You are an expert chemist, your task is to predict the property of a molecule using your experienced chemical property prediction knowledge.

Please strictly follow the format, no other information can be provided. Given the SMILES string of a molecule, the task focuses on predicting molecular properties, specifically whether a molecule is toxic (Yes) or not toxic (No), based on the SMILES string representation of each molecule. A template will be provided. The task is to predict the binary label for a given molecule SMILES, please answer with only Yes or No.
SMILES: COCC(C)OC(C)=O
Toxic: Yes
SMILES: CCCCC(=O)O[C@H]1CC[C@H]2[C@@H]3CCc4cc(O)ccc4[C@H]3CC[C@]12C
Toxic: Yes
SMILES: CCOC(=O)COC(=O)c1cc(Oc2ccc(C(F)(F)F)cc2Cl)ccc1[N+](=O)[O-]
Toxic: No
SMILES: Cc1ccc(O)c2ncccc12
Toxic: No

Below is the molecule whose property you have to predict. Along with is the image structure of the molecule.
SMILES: CC(=O)O[AlH3](O)O
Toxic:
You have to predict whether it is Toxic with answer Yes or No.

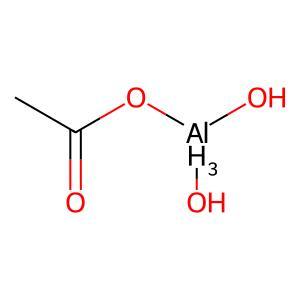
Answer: No